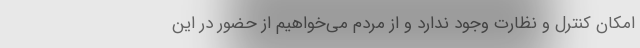
امکان کنترل و نظارت وجود ندارد و از مردم می‌خواهیم از حضور در این